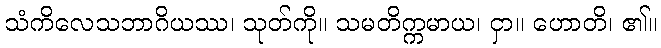
သံကိလေသဘာဂိယဿ၊ သုတ်ကို။ သမတိက္ကမာယ၊ ငှာ။ ဟောတိ၊ ၏။